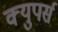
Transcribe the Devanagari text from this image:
क्युपर्स